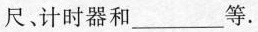
尺、计时器和___等.